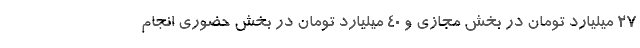
۲۷ میلیارد تومان در بخش مجازی و ۴۰ میلیارد تومان در بخش حضوری انجام